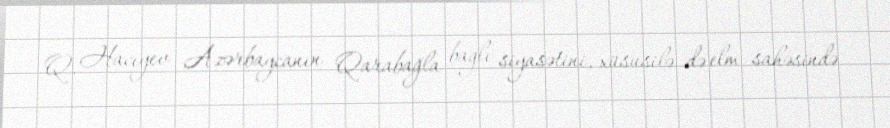
Q. Hacıyev Azərbaycanın Qarabağla bağlı siyasətini, xüsusilə də elm sahəsində